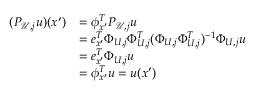
\begin{array} { r l } { ( P _ { \mathcal U , j } u ) ( x ^ { \prime } ) } & { = \phi _ { x ^ { \prime } } ^ { T } P _ { \mathcal U , j } u } \\ & { = e _ { x ^ { \prime } } ^ { T } \Phi _ { U , j } \Phi _ { U , j } ^ { T } ( \Phi _ { U , j } \Phi _ { U , j } ^ { T } ) ^ { - 1 } \Phi _ { U , j } u } \\ & { = e _ { x ^ { \prime } } ^ { T } \Phi _ { U , j } u } \\ & { = \phi _ { x ^ { \prime } } ^ { T } u = u ( x ^ { \prime } ) } \end{array}